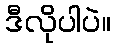
ဒီလိုပါပဲ။